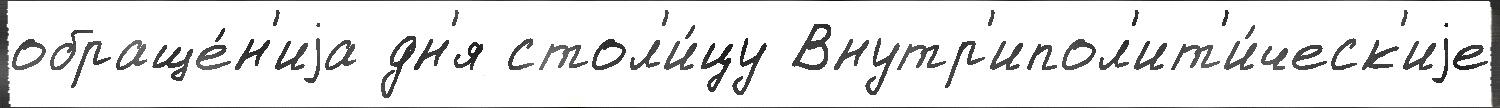
обраще́н'иjа дн'я стол'и́цу Внутр'ипол'ит'и́ческ'иjе